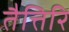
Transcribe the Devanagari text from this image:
तैत्तिरि